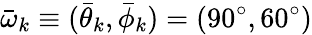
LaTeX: \bar{\omega}_{k}\equiv(\bar{\theta}_{k},\bar{\phi}_{k})=(90^{\circ},60^{\circ})